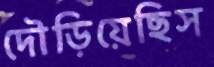
দৌড়িয়েছিস